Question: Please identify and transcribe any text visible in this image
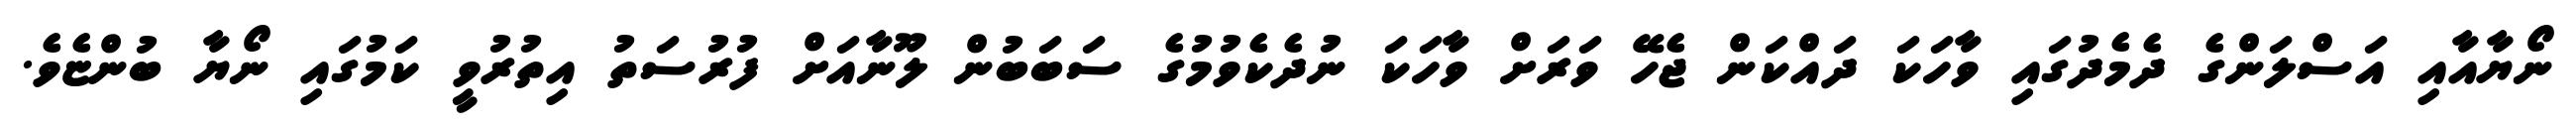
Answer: ނޯޔާއާއި އަސްލަންގެ ދެމެދުގައި ވާހަކަ ދައްކަން ޖެހޭ ވަރަށް ވާހަކަ ނުދެކެވުމުގެ ސަބަބުން ލޫނާއަށް ފުރުސަތު އިތުރުވީ ކަމުގައި ނޯޔާ ބުންޏެވެ.